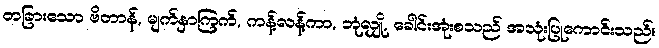
တခြားသော ဗိတာန်, မျက်နှာကြက်, ကန့်လန့်ကာ, ဘုံလျှို, ခေါင်းအုံးစသည် အသုံးပြုကောင်းသည်။